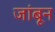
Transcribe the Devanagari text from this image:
जांबून